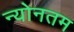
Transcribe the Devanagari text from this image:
न्योनतम